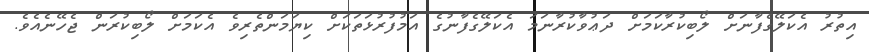
އިތުރު އެކަލޭގެފާނަށް ލޯބިކުރާކަމަށް ދަޢުވާކުރާނަމަ އެކަލޭގެފާނުގެ އަމުފުރުޅަތަކަށް ކިޔަމަންތެރިވެ އެކަމަށް ލޯބިކުރަން ޖެހޭނެއެވެ.